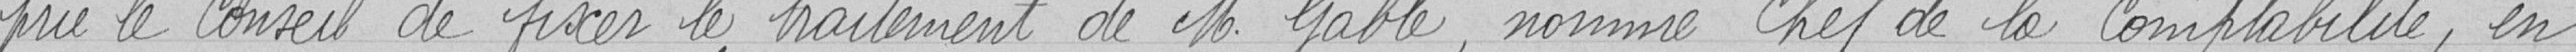
prie le Conseil de fixer le traitement de Monsieur GABLE, nommé Chef de la Comptabilité, en